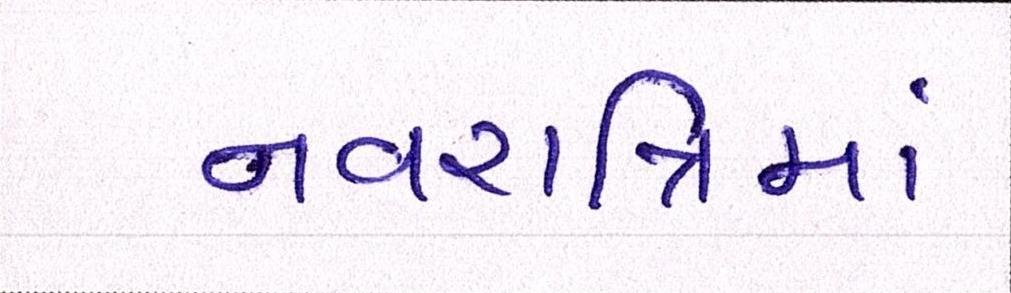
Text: નવરાત્રિમાં